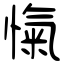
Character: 愾